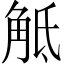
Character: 觝